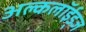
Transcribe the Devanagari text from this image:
अल्कलॉईड्‌ज